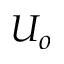
U _ { o }